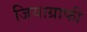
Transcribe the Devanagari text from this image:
जियाग्राफी